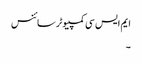
ایم ایس سی کمپیوٹر سائنس
۔